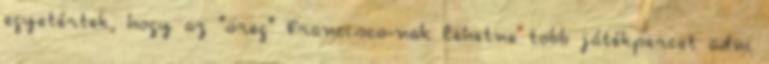
egyetértek, hogy az "öreg" Francisco-nak lehetne több játékpercet adni